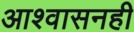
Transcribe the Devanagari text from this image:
आश्वासनही